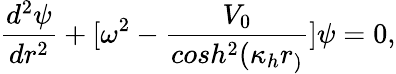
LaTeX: \frac{d^{2}\psi}{dr^{2}}+[\omega^{2}-\frac{V_{0}}{cosh^{2}(\kappa_{h}r_{)}}]\psi=0,